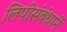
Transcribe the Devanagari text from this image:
लिपीसंबंधानें